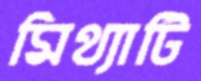
মিথ্যাটি